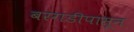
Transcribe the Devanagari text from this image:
बरगडीपासून